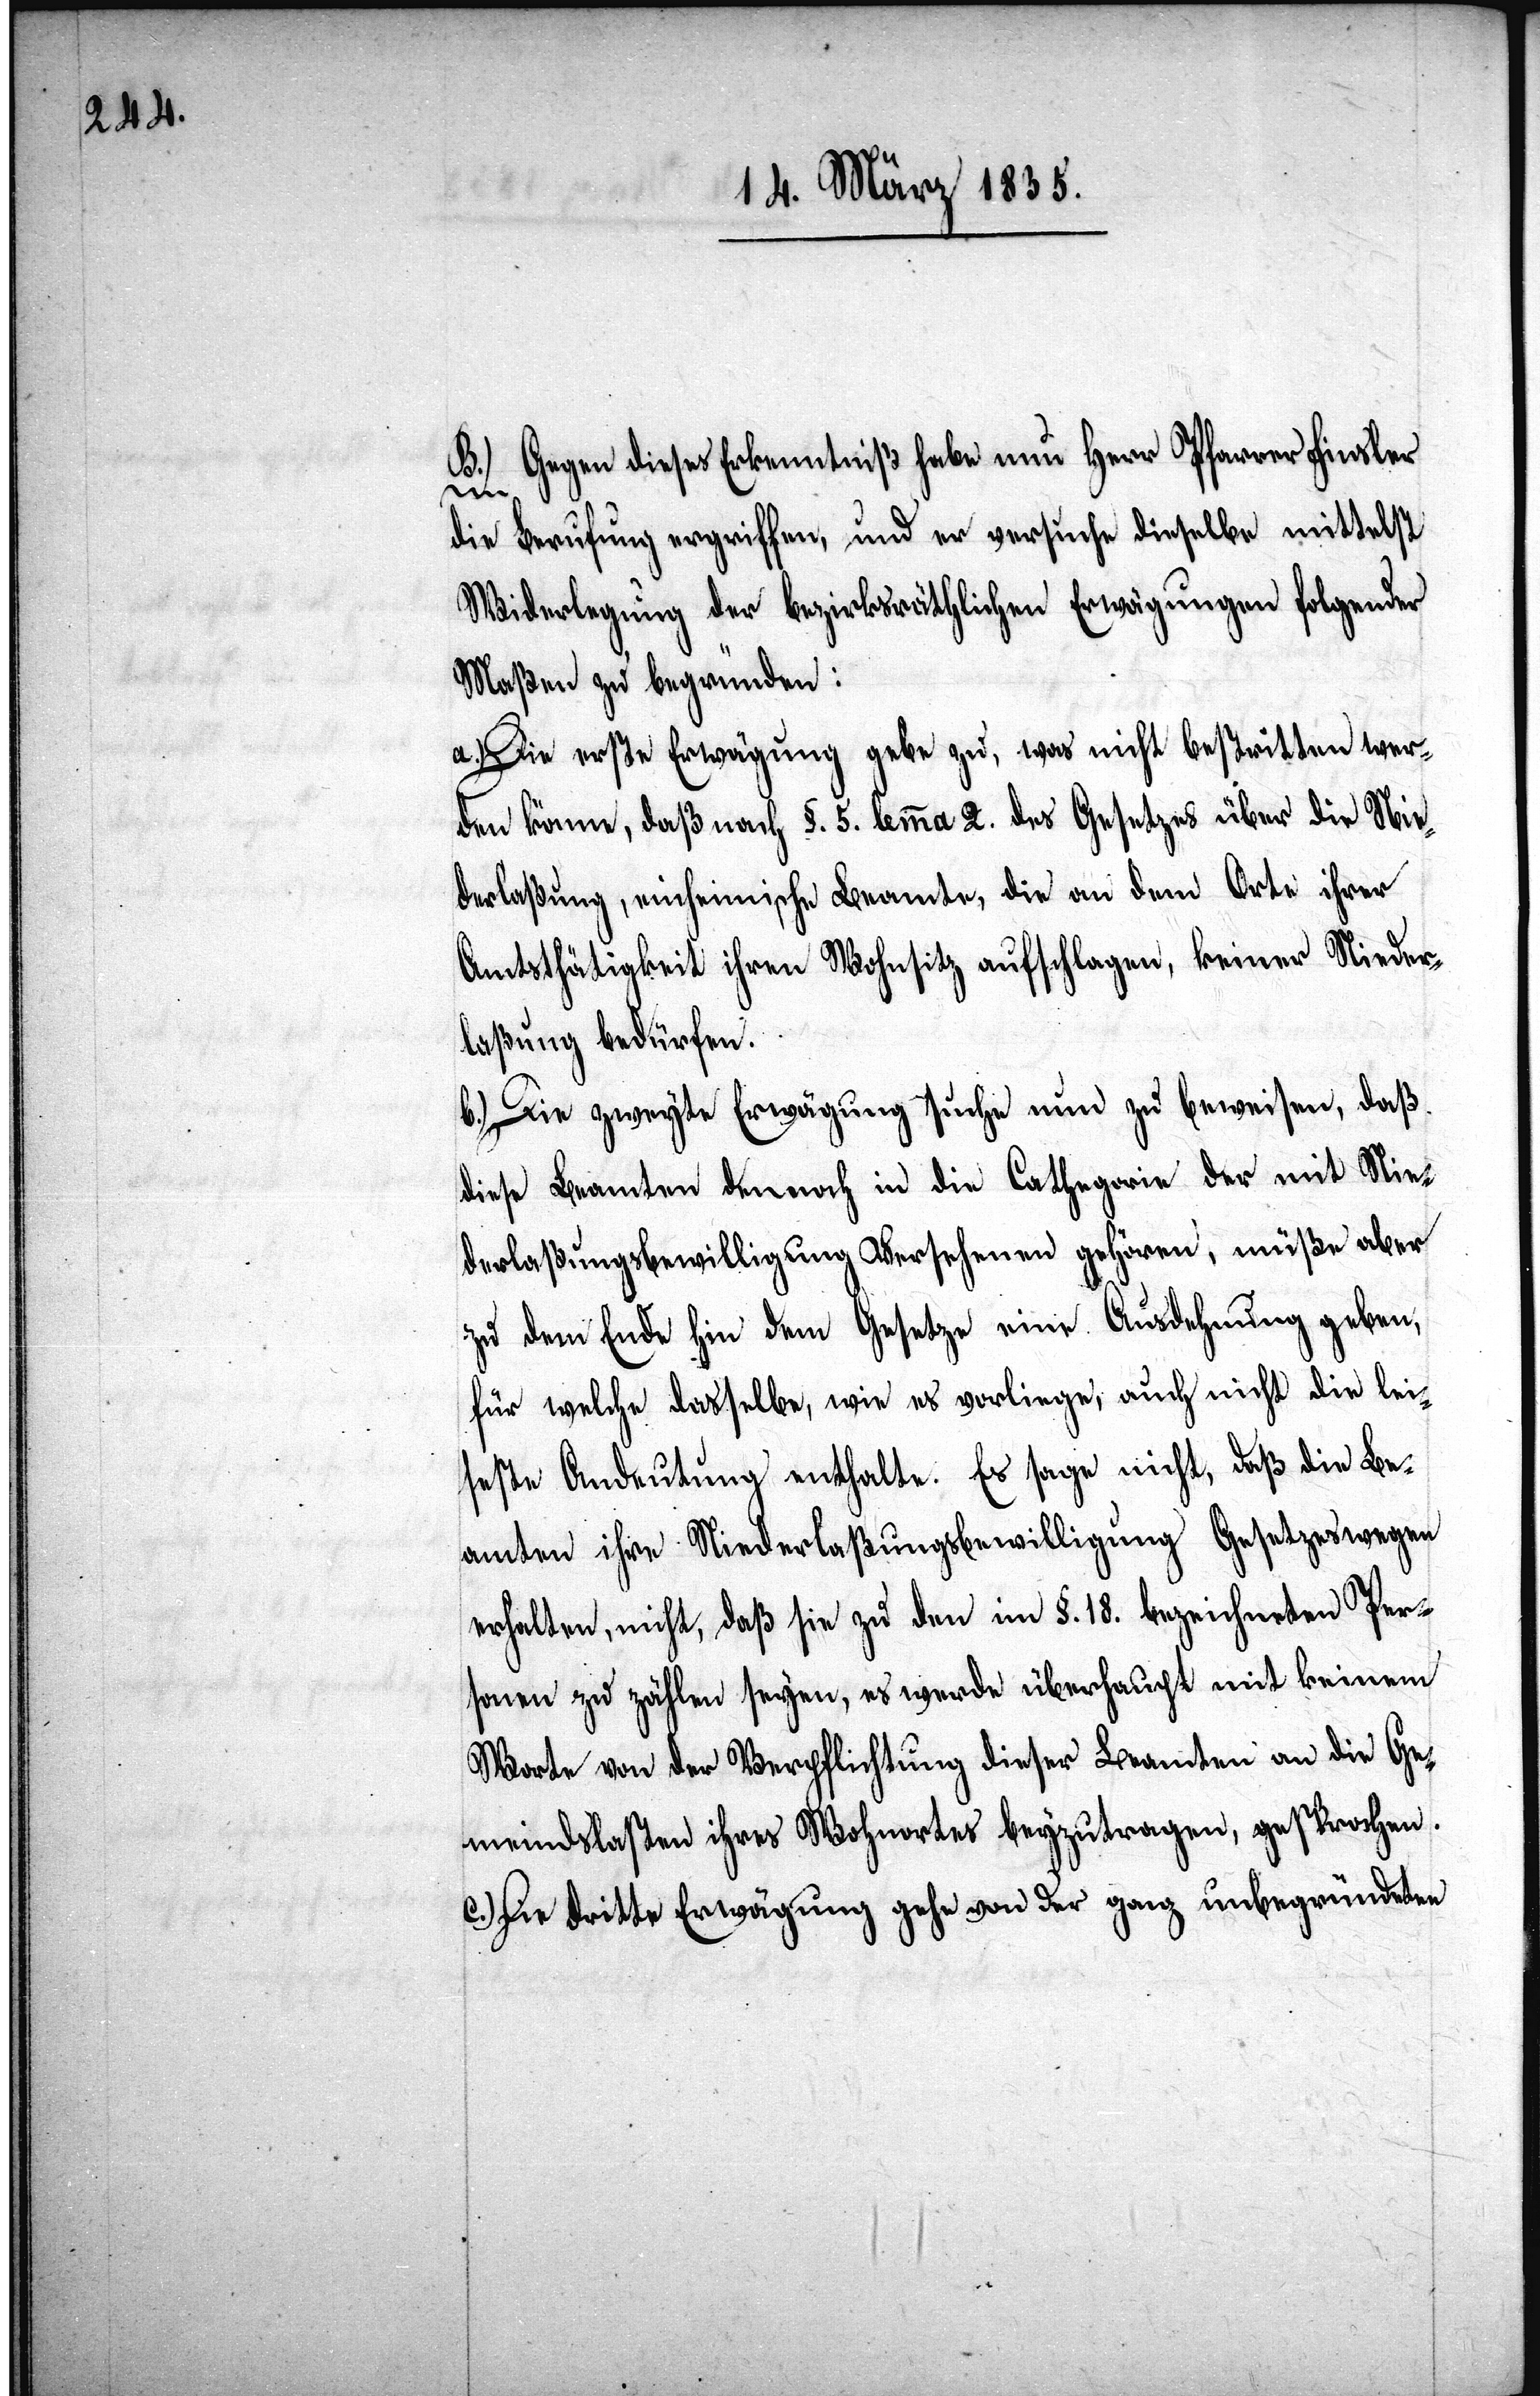
B.) Gegen dieses Erkenntniß habe nun Herr Pfarrer Finsler
die Berufung ergriffen, und er versuche dieselbe mittelst
Widerlegung der bezirksräthlichen Erwägungen folgender
Maßen zu begründen:
gebe zu, was nicht bestritten wer¬
a.) Die erste Erwägung
den könne, daß nach §. 5. lemma 2. des Gesetzes über die Nie¬
derlaßung, einheimische Beamte, die an dem Orte ihrer
Amtsthätigkeit ihren Wohnsitz aufschlagen, keiner Nieder¬
laßung bedürfen.
b.) Die zweyte Erwägung suche nun zu beweisen, daß
diese Beamten dennoch in die Cathegorie der mit Nie¬
derlaßungsbewilligung Versehenen gehören, müße aber
zu dem Ende hin dem Gesetze eine Ausdehnung geben,
für welche dasselbe, wie es vorliege, auch nicht die lei¬
seste Andeutung enthalte. Es sage nicht, daß die Be¬
amten ihre Niederlaßungsbewilligung Gesetzeswegen
erhalten, nicht, daß sie zu den im §. 18. bezeichneten Per¬
sonen zu zählen seyen, es werde überhaupt mit keinem
Worte von der Verpflichtung dieser Beamten an die Ge¬
meindslasten ihres Wohnortes beyzutragen, gesprochen.
Die dritte Erwägung gehe von der ganz unbegründeten